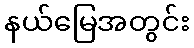
နယ်မြေအတွင်း